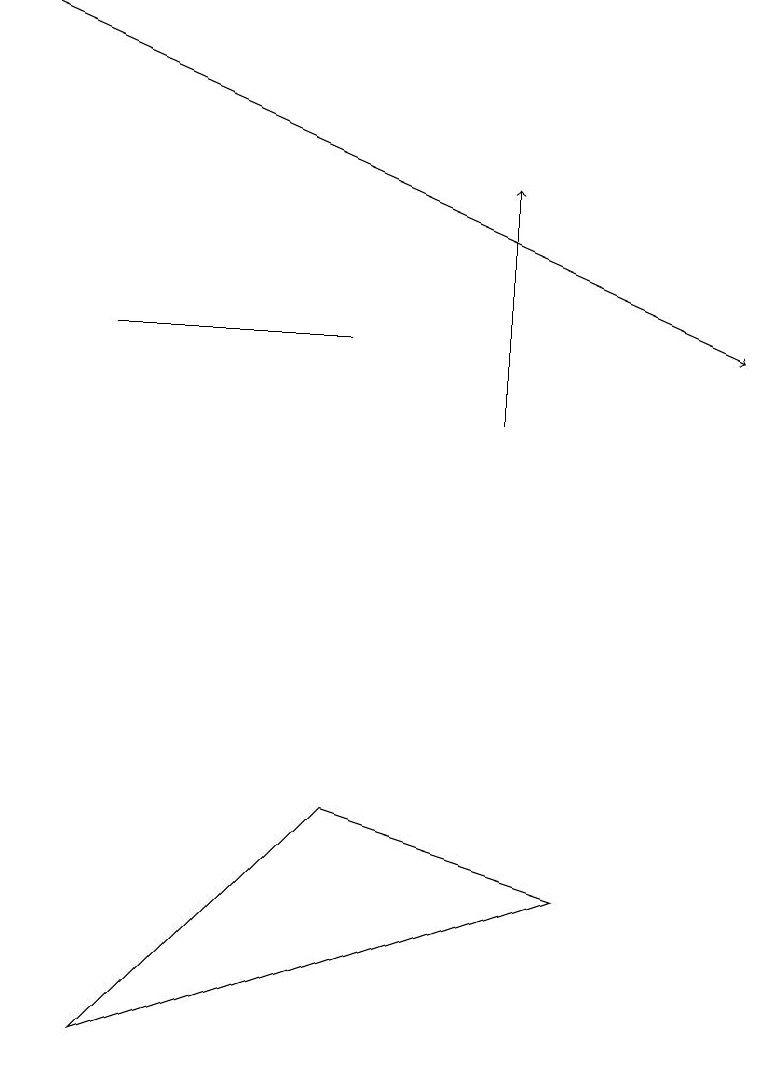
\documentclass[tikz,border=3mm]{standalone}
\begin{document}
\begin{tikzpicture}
\draw (4,8) -- (7,7) -- (1,5) -- cycle;
\draw (1,14) rectangle (4,14);
\draw[->] (0,18) -- (9,14);
\draw[->] (6,13) -- (6,16);
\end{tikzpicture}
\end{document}